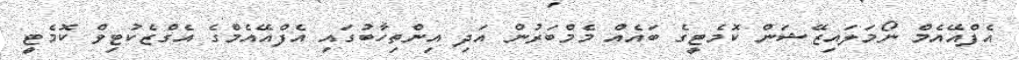
އެފްއޭއެމް ނޯމަލައިޒޭޝަން ކޮމެޓީގެ ބައެއް މެމްބަރުން އަދި އިންތިހާބުގައި އެފްއޭއެމްގެ އެގްޒެކުޓިވް ކޮމެޓީ